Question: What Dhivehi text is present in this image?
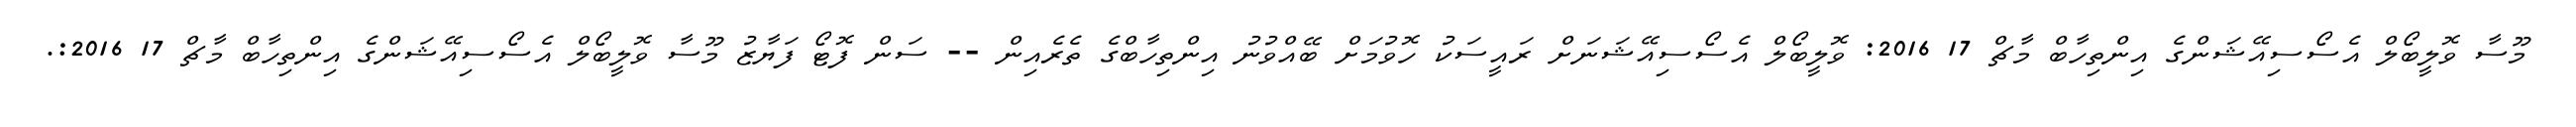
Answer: މޫސާ ވޮލީބޯލް އެސޯސިއޭޝަންގެ އިންތިހާބް މާޗް 17 2016: ވޮލީބޯލް އެސޯސިއޭޝަނަށް ރައީސަކު ހޮވުމަށް ބޭއްވުނު އިންތިހާބްގެ ތެރެއިން -- ސަން ފޮޓޯ ފަޔާޒު މޫސާ ވޮލީބޯލް އެސޯސިއޭޝަންގެ އިންތިހާބް މާޗް 17 2016:.